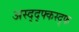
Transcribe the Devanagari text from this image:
अस्द्द्फ्कस्द्फ